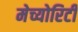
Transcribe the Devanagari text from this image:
मेच्योरिटी